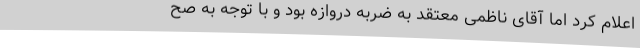
اعلام کرد اما آقای ناظمی معتقد به ضربه دروازه بود و با توجه به صح